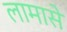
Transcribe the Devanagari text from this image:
लामासे